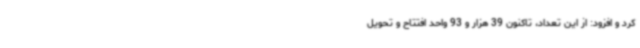
کرد و افزود: از این تعداد، تاکنون 39 هزار و 93 واحد افتتاح و تحویل